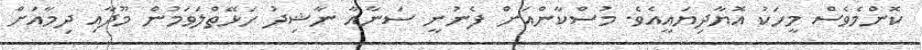
ކޮންމެވެސް މީހަކު އޮޔާދިޔައީއެވެ. މުސްކާންއަށް ފެނުނީ ސަނާއާ ނާޝިދު ހަޅޭތްލަވަމުން މޫދާއި ދިމާއަށް